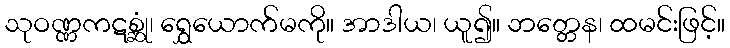
သုဝဏ္ဏကဋစ္ဆုံ၊ ရွှေယောက်မကို။ အာဒါယ၊ ယူ၍။ ဘတ္တေန၊ ထမင်းဖြင့်။